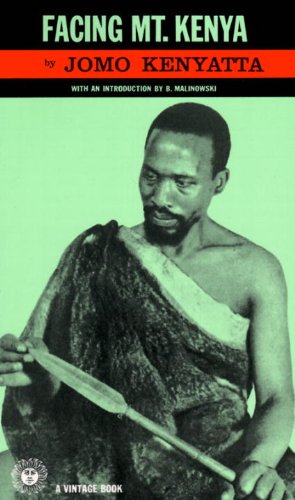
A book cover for Facing Mount Kenya; Jomo Kenyatta; Biographies & Memoirs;